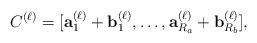
LaTeX: \begin{align*}C^{(\ell)} =[{\bf a}_1^{(\ell)}+ {\bf b}_1^{(\ell)}, \ldots ,{\bf a}_{R_a}^{(\ell)}+ {\bf b}_{R_b}^{(\ell)}],\end{align*}